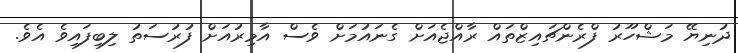
ދުނިޔޭ މަޝްހޫރު ފްރެންޗައިޒްތައް ރާއްޖެއަށް ގެނައުމަށް ވެސް އާމިރުއަށް ފުރުސަތު ލިބިފައިވެ އެވެ.